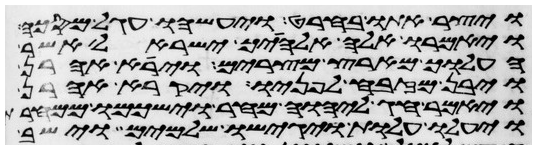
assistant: ויצר אתו בחרט ויעשהו עגל מסכה
ויאמרו אלה אלהיך ישראל אשר
העלוך מארץ מצרים וירא אהרן
ויבן מזבח לפניו ויקרא אהרן
ויאמר חג ליהוה מחר וישכמו ממחרת
ויעלו עלות ויגישו שלמים וישב